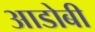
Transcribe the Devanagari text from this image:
आडोबी